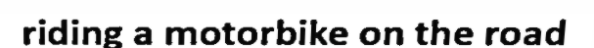
riding a motorbike on the road